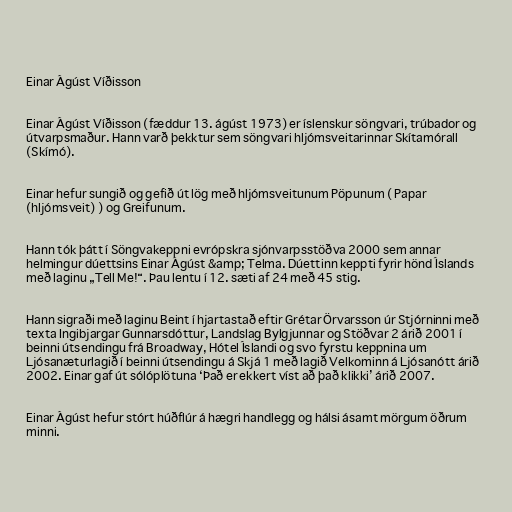
Einar Ágúst Víðisson

Einar Ágúst Víðisson (fæddur 13. ágúst 1973) er íslenskur söngvari, trúbador og
útvarpsmaður. Hann varð þekktur sem söngvari hljómsveitarinnar Skítamórall
(Skímó).

Einar hefur sungið og gefið út lög með hljómsveitunum Pöpunum ( Papar
(hljómsveit) ) og Greifunum.

Hann tók þátt í Söngvakeppni evrópskra sjónvarpsstöðva 2000 sem annar
helmingur dúettsins Einar Ágúst &amp; Telma. Dúettinn keppti fyrir hönd Íslands
með laginu „Tell Me!“. Þau lentu í 12. sæti af 24 með 45 stig.

Hann sigraði með laginu Beint í hjartastað eftir Grétar Örvarsson úr Stjórninni með
texta Ingibjargar Gunnarsdóttur, Landslag Bylgjunnar og Stöðvar 2 árið 2001 í
beinni útsendingu frá Broadway, Hótel Íslandi og svo fyrstu keppnina um
Ljósanæturlagið í beinni útsendingu á Skjá 1 með lagið Velkominn á Ljósanótt árið
2002. Einar gaf út sólóplötuna ‘Það er ekkert víst að það klikki’ árið 2007.

Einar Ágúst hefur stórt húðflúr á hægri handlegg og hálsi ásamt mörgum öðrum
minni.